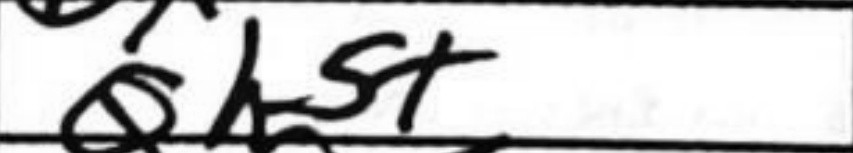
Transcription: Qh5+